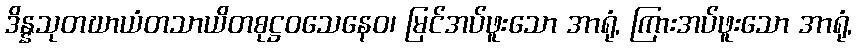
ဒိန္နသုတဃာယံတသာယိတစုဋ္ဌဝသေနေဝ၊ မြင်အပ်ဖူးသော အာရုံ, ကြားအပ်ဖူးသော အာရုံ,